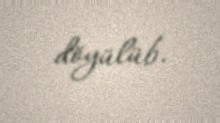
döyülüb.